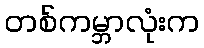
တစ်ကမ္ဘာလုံးက